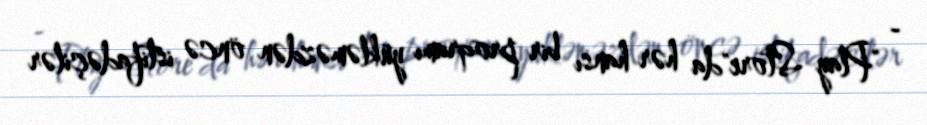
- "Play Store"da hər hansı bir proqramı yükləməzdən öncə istifadəçilər